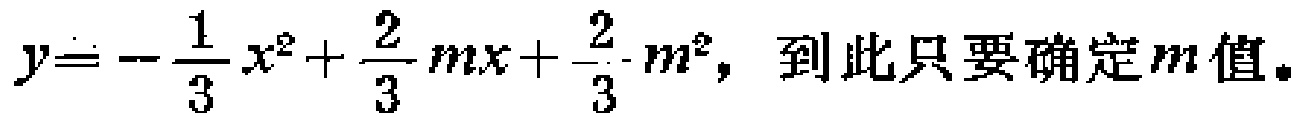
\(y = -\frac{1}{3}x^{2}+\frac{2}{3}mx+\frac{2}{3}m^{2}，到此只要确定m值。\)